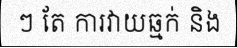
ៗ តែ ការវាយឆ្មក់ និង